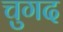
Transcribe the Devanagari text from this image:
चुगद